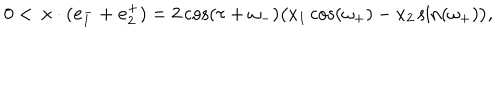
0 < \, \mathbf { x } \cdot ( \mathbf { e } _ { 1 } ^ { - } + \mathbf { e } _ { 2 } ^ { + } ) = 2 \cos ( \tau + \omega _ { - } ) \big ( x _ { 1 } \cos ( \omega _ { + } ) - x _ { 2 } \sin ( \omega _ { + } ) \big ) ,